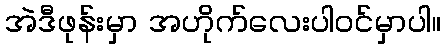
အဲဒီဖုန်းမှာ အဟိုက်လေးပါဝင်မှာပါ။